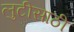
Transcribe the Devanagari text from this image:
लुटीसाठी